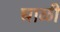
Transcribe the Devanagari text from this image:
घाळी